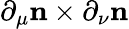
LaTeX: \partial_{\mu}{\mathbf n}\times\partial_{\nu}{\mathbf n}